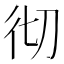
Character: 彻